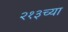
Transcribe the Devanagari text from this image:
२१३च्या